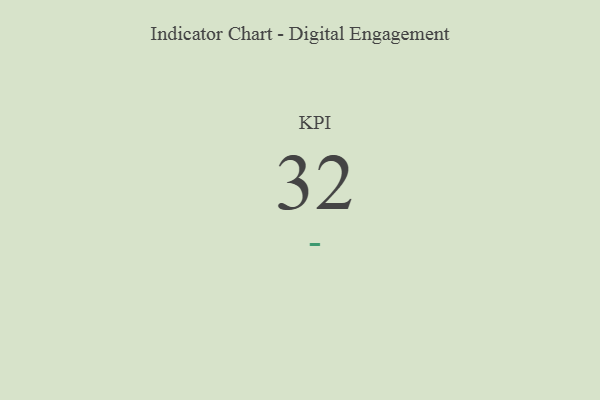
{"axis": {"x": "KPI", "y": "Value"}, "legend": [""], "data": [{"x": "KPI", "y": 32, "type": ""}]}